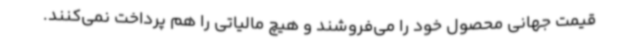
قیمت جهانی محصول خود را می‌فروشند و هیچ مالیاتی را هم پرداخت نمی‌کنند.